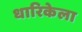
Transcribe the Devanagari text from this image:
धारिकेला